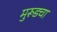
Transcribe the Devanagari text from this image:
मुरूडचा